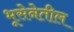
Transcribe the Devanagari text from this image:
भूसेनेतील